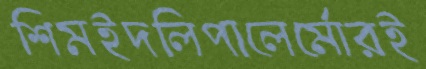
শিমইদলিপালের্মোরই